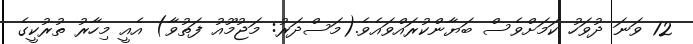
12 ވަނަ ދުވަހު ކަމަށްވެސް ބަޔާންކުރައްވައެވެ.(މަސްދަރު: މަޖުމޫއު ފަތުވާ) އެއީ މިހާރު ތުރުކީގެ